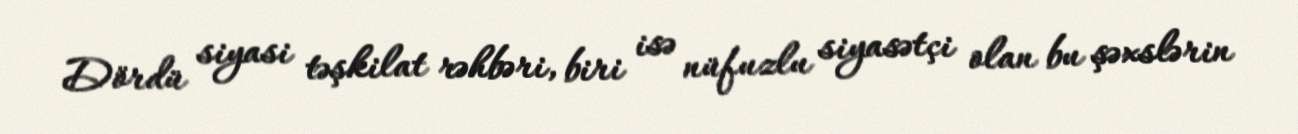
Dördü siyasi təşkilat rəhbəri, biri isə nüfuzlu siyasətçi olan bu şəxslərin